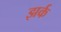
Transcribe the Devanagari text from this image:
झर्क